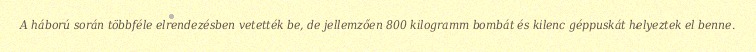
A háború során többféle elrendezésben vetették be, de jellemzően 800 kilogramm bombát és kilenc géppuskát helyeztek el benne.